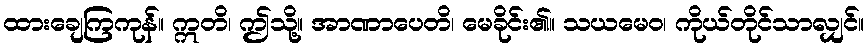
ထားချေကြကုန်။ ဣတိ၊ ဤသို့။ အာဏာပေတိ၊ မေခိုင်း၏။ သယမေဝ၊ ကိုယ်တိုင်သာလျှင်။